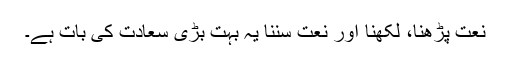
نعت پڑھنا، لکھنا اور نعت سننا یہ بہت بڑی سعادت کی بات ہے۔